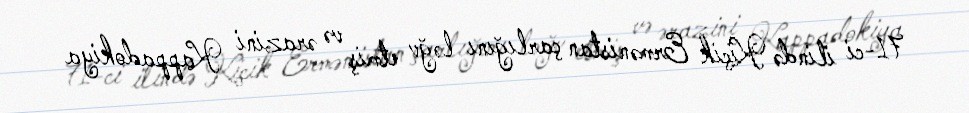
71-ci ilində Kiçik Ermənistan çarlığını ləğv etmiş və ərazini Kappadokiya